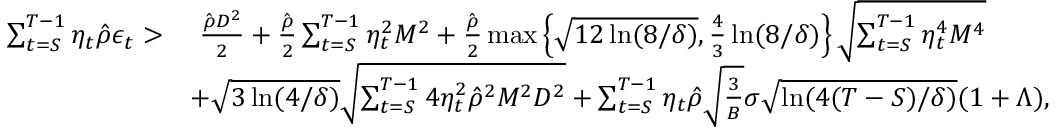
\begin{array} { r l } { \sum _ { t = S } ^ { T - 1 } \eta _ { t } \hat { \rho } \epsilon _ { t } > } & { ~ \frac { \hat { \rho } D ^ { 2 } } { 2 } + \frac { \hat { \rho } } { 2 } \sum _ { t = S } ^ { T - 1 } \eta _ { t } ^ { 2 } M ^ { 2 } + \frac { \hat { \rho } } { 2 } \operatorname* { m a x } \left\{ \sqrt { 1 2 \ln ( 8 / \delta ) } , \frac { 4 } { 3 } \ln ( 8 / \delta ) \right\} \sqrt { \sum _ { t = S } ^ { T - 1 } \eta _ { t } ^ { 4 } M ^ { 4 } } } \\ & { + \sqrt { 3 \ln ( 4 / \delta ) } \sqrt { \sum _ { t = S } ^ { T - 1 } 4 \eta _ { t } ^ { 2 } \hat { \rho } ^ { 2 } M ^ { 2 } D ^ { 2 } } + \sum _ { t = S } ^ { T - 1 } \eta _ { t } \hat { \rho } \sqrt { \frac { 3 } { B } } \sigma \sqrt { \ln ( 4 ( T - S ) / \delta ) } ( 1 + \Lambda ) , } \end{array}